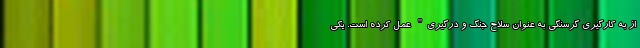
از به کارگیری گرسنگی به عنوان سلاح جنگ و درگیری" عمل کرده است. یکی